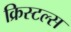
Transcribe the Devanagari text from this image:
क्रिस्टल्स